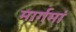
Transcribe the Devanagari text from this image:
मार्गमां